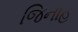
જિનાહ